Calcutta medical institutions reports 1892-1900
Year: 1892
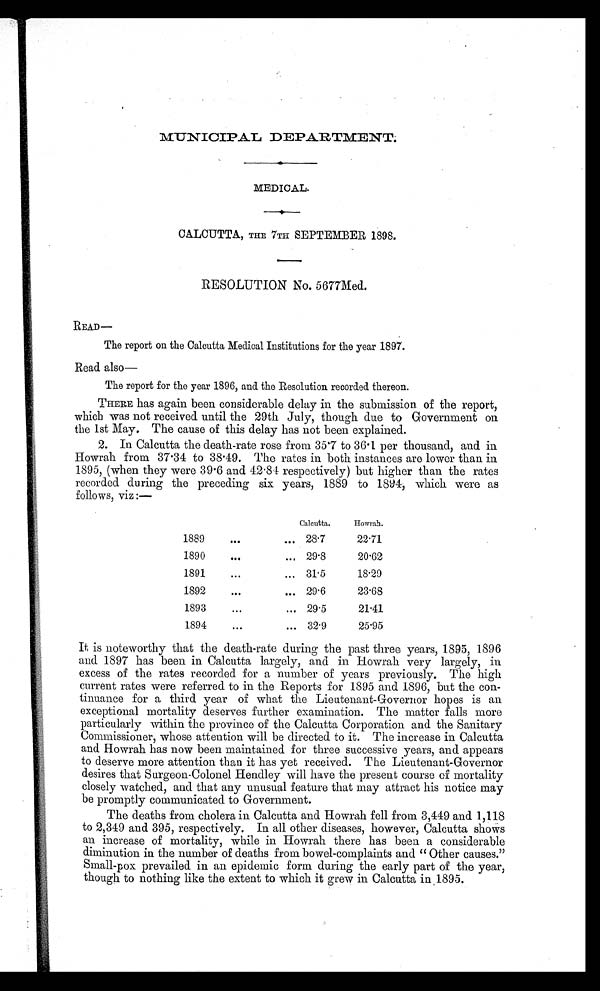
MUNICIPAL DEPARTMENT.
MEDICAL.
CALCUTTA, THE 7TH SEPTEMBER 1898.
RESOLUTION No. 5677Med.
READ—
The report on the Calcutta Medical Institutions for the year 1897.
Read also—
The report for the year 1896, and the Resolution recorded thereon.
THERE has again been considerable delay in the submission of the report,
which was not received until the 29th July, though due to Government on
the 1st May. The cause of this delay has not been explained.
2. In Calcutta the death-rate rose from 35.7 to 36.1 per thousand, and in
Howrah from 37.34 to 38.49. The rates in both instances are lower than in
1895, (when they were 39.6 and 42.84 respectively) but higher than the rates
recorded during the preceding six years, 1889 to 1894, which were as
follows, viz:—
Calcutta.
Howrah.
1889
...
... 28.7
22.71
1890
...
... 29.8
20.62
1891
...
... 31.5
18.29
1892
...
... 29.6
23.68
1893
...
... 29.5
21.41
1894
...
... 32.9
25.95
It is noteworthy that the death-rate during the past three years, 1895, 1896
and 1897 has been in Calcutta largely, and in Howrah very largely, in
excess of the rates recorded for a number of years previously. The high
current rates were referred to in the Reports for 1895 and 1896, but the con-
tinuance for a third year of what the Lieutenant-Governor hopes is an
exceptional mortality deserves further examination. The matter falls more
particularly within the province of the Calcutta Corporation and the Sanitary
Commissioner, whose attention will be directed to it. The increase in Calcutta
and Howrah has now been maintained for three successive years, and appears
to deserve more attention than it has yet received. The Lieutenant-Governor
desires that Surgeon-Colonel Headley will have the present course of mortality
closely watched, and that any unusual feature that may attract his notice may
be promptly communicated to Government.
The deaths from cholera in Calcutta and Howrah fell from 3,449 and 1,118
to 2,349 and 395, respectively. In all other diseases, however, Calcutta shows
an increase of mortality, while in Howrah there has been a considerable
diminution in the number of deaths from bowel-complaints and " Other causes."
Small-pox prevailed in an epidemic form during the early part of the year,
though to nothing like the extent to which it grew in Calcutta in 1895.